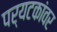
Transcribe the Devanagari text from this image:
पर्यटकांवर